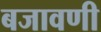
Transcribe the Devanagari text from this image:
बजावणी